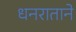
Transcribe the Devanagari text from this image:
धनराताने